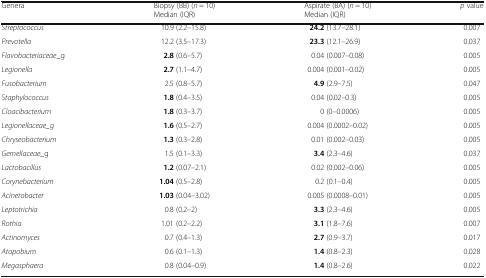
<table><thead><tr><td><b>Genera</b></td><td><b>Biopsy (BB) (<i>n</i> = 10)Median (IQR)</b></td><td><b>Aspirate (BA) (<i>n</i> = 10)Median (IQR)</b></td><td><b><i>p</i> value</b></td></tr></thead><tbody><tr><td><i>Streptococcus</i></td><td>10.9 (2.2–15.8)</td><td><b>24.2</b> (13.7–28.1)</td><td>0.007</td></tr><tr><td><i>Prevotella</i></td><td>12.2 (3.5–17.3)</td><td><b>23.3</b> (12.1–26.9)</td><td>0.037</td></tr><tr><td><i>Flavobacteriaceae</i>_g</td><td><b>2.8</b> (0.6–5.7)</td><td>0.04 (0.007–0.08)</td><td>0.005</td></tr><tr><td><i>Legionella</i></td><td><b>2.7</b> (1.1–4.7)</td><td>0.004 (0.001–0.02)</td><td>0.005</td></tr><tr><td><i>Fusobacterium</i></td><td>2.5 (0.8–5.7)</td><td><b>4.9</b> (2.9–7.5)</td><td>0.047</td></tr><tr><td><i>Staphylococcus</i></td><td><b>1.8</b> (0.4–3.5)</td><td>0.04 (0.02–0.3)</td><td>0.005</td></tr><tr><td><i>Cloacibacterium</i></td><td><b>1.8</b> (0.3–3.7)</td><td>0 (0–0.0006)</td><td>0.005</td></tr><tr><td><i>Legionellaceae_g</i></td><td><b>1.6</b> (0.5–2.7)</td><td>0.004 (0.0002–0.02)</td><td>0.005</td></tr><tr><td><i>Chryseobacterium</i></td><td><b>1.3</b> (0.3–2.8)</td><td>0.01 (0.002–0.03)</td><td>0.005</td></tr><tr><td><i>Gemellaceae</i>_g</td><td>1.5 (0.1–3.3)</td><td><b>3.4</b> (2.3–4.6)</td><td>0.037</td></tr><tr><td><i>Lactobacillus</i></td><td><b>1.2</b> (0.07–2.1)</td><td>0.02 (0.002–0.06)</td><td>0.005</td></tr><tr><td><i>Corynebacterium</i></td><td><b>1.04</b> (0.5–2.8)</td><td>0.2 (0.1–0.4)</td><td>0.005</td></tr><tr><td><i>Acinetobacter</i></td><td><b>1.03</b> (0.04–3.02)</td><td>0.005 (0.0008–0.01)</td><td>0.005</td></tr><tr><td><i>Leptotrichia</i></td><td>0.8 (0.2–2)</td><td><b>3.3</b> (2.3–4.6)</td><td>0.005</td></tr><tr><td><i>Rothia</i></td><td>1.01 (0.2–2.2)</td><td><b>3.1</b> (1.8–7.6)</td><td>0.007</td></tr><tr><td><i>Actinomyces</i></td><td>0.7 (0.4–1.3)</td><td><b>2.7</b> (0.9–3.7)</td><td>0.017</td></tr><tr><td><i>Atopobium</i></td><td>0.6 (0.1–1.3)</td><td><b>1.4</b> (0.8–2.3)</td><td>0.028</td></tr><tr><td><i>Megasphaera</i></td><td>0.8 (0.04–0.9)</td><td><b>1.4</b> (0.8–2.6)</td><td>0.022</td></tr></tbody></table>